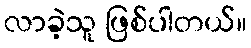
လာခဲ့သူ ဖြစ်ပါတယ်။